Document type: Sale
Year: 1355
Scribe: Pere Borrell
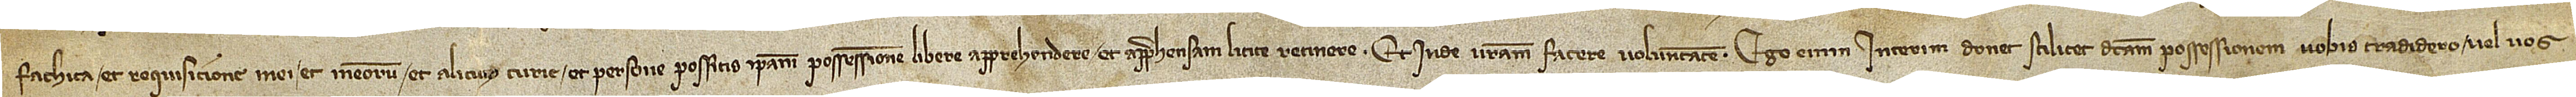
faticha et requisicione mei et meorum et alicuius curie et persone possitis ipsam possessionem libere apprehendere et apprehensam licite retinere et inde vestram facere voluntatem. Ego interim donec scilicet dictam possessionem vobis tradidero vel vos